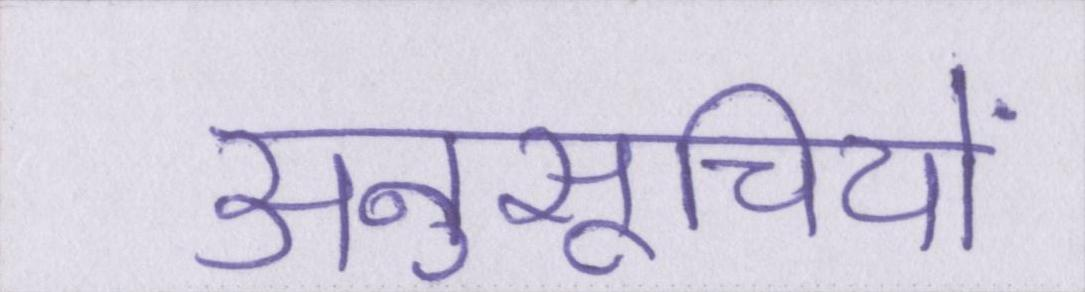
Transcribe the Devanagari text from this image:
अनुसूचियों